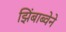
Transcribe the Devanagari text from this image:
झिंबाब्वेने